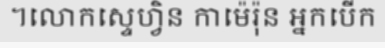
។លោកស្ទេហ្វិន កាម៉េរ៉ុន អ្នកបើក